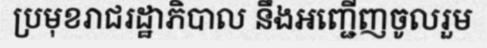
ប្រមុខរាជរដ្ឋាភិបាល នឹងអញ្ជើញចូលរួម